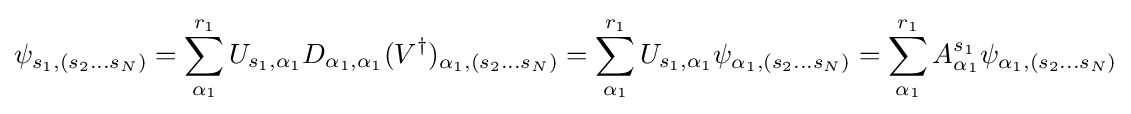
\psi _{s_{1},(s_{2}...s_{N})}=\sum _{\alpha _{1}}^{r_{1}}U_{s_{1},\alpha _{1}}D_{\alpha _{1},\alpha _{1}}(V^{\dagger })_{\alpha _{1},(s_{2}...s_{N})}=\sum _{\alpha _{1}}^{r_{1}}U_{s_{1},\alpha _{1}}\psi _{\alpha _{1},(s_{2}...s_{N})}=\sum _{\alpha _{1}}^{r_{1}}A_{\alpha _{1}}^{s_{1}}\psi _{\alpha _{1},(s_{2}...s_{N})}